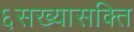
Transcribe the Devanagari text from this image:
६सख्यासक्ति